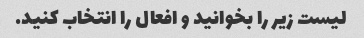
لیست زیر را بخوانید و افعال را انتخاب کنید.